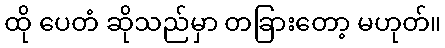
ထို ပေတံ ဆိုသည်မှာ တခြားတော့ မဟုတ်။